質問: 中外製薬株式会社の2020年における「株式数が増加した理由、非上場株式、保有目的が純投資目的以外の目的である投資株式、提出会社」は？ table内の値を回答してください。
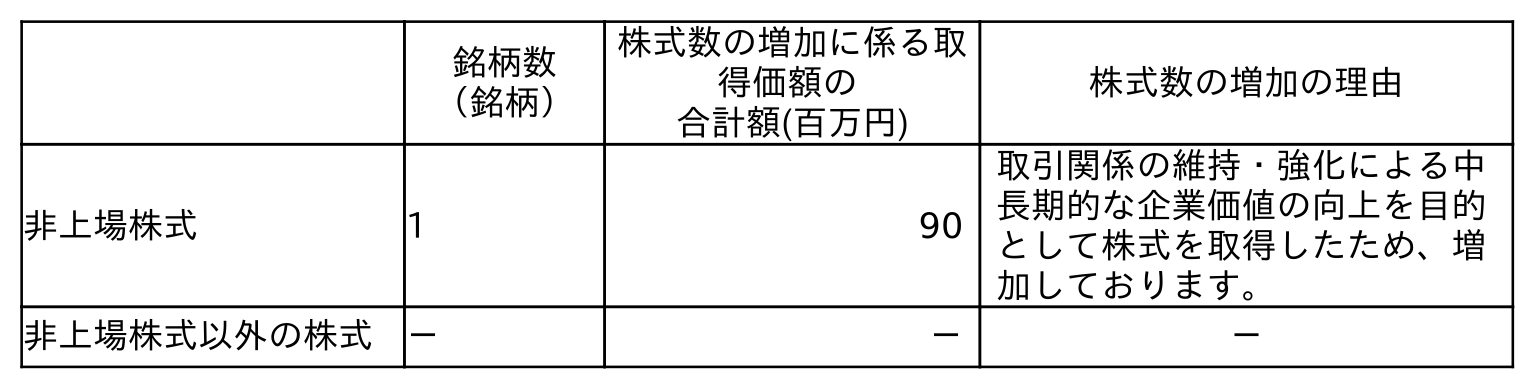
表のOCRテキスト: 銘柄数 （銘柄） 株式数の増加に係る取 得価額の 合計額(百万円) 株式数の増加の理由 非上場株式 1 90 取引関係の維持・強化による中 長期的な企業価値の向上を目的 として株式を取得したため、増 加しております。 非上場株式以外の株式 － － －
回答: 取引関係の維持・強化による中長期的な企業価値の向上を目的として株式を取得したため、増加しております。